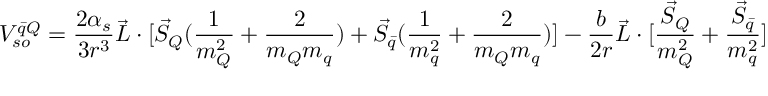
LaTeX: V _ { s o } ^ { \bar { q } Q } = { \frac { 2 \alpha _ { s } } { 3 r ^ { 3 } } } \vec { L } \cdot [ \vec { S } _ { Q } ( { \frac { 1 } { m _ { Q } ^ { 2 } } } + { \frac { 2 } { m _ { Q } m _ { q } } } ) + \vec { S } _ { \bar { q } } ( { \frac { 1 } { m _ { q } ^ { 2 } } } + { \frac { 2 } { m _ { Q } m _ { q } } } ) ] - { \frac { b } { 2 r } } \vec { L } \cdot [ { \frac { \vec { S } _ { Q } } { m _ { Q } ^ { 2 } } } + { \frac { \vec { S } _ { \bar { q } } } { m _ { q } ^ { 2 } } } ]